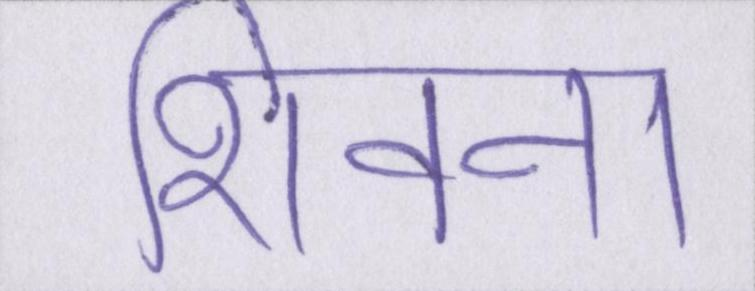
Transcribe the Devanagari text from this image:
शिवना